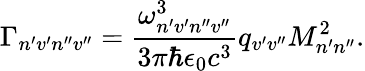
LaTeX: \Gamma_{n^{\prime}v^{\prime}n^{\prime\prime}v^{\prime\prime}}=\frac{\omega_{n^{\prime}v^{\prime}n^{\prime\prime}v^{\prime\prime}}^{3}}{3\pi\hbar\epsilon_{0}c^{3}}q_{v^{\prime}v^{\prime\prime}}M_{n^{\prime}n^{\prime\prime}}^{2}.